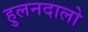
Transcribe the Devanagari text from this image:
हुलनदालो